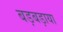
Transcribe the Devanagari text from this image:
बड़बड़ाया